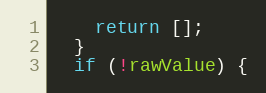
Language: JavaScript
    return [];
  }
  if (!rawValue) {